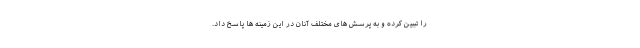
را تببین کرده و به پرسش های مختلف آنان در این زمینه ها پاسخ داد.